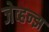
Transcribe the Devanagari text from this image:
जेव्हन्झ